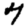
Digit: 7